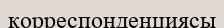
корреспонденциясы